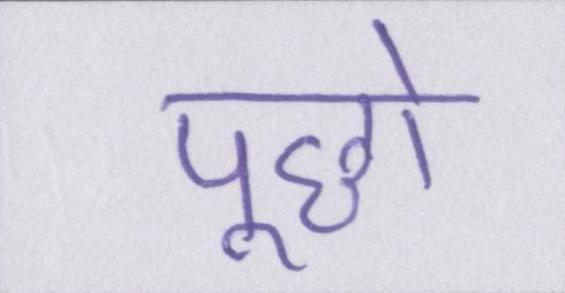
पूछो